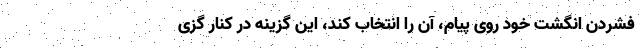
فشردن انگشت خود روی پیام، آن را انتخاب کند، این گزینه در کنار گزی